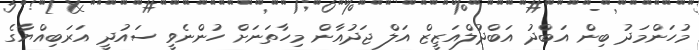
މުހަންމަދު ބިން އަބްދު އަބްދުލްއަޒީޒް އަލް ޖަދުއާން މިހާތަނަށް ހުންނެވީ ސައުދީ އަރަބިއްޔާގެ